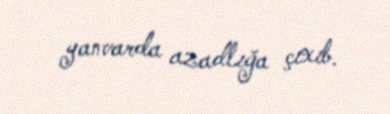
yanvarda azadlığa çıxıb.